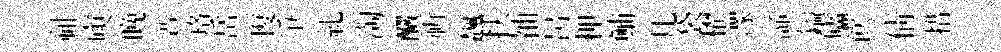
祉庾晩普珞岳愎爭糺淘釅祈飆扶袖昺柙鯆几袋櫂潈諦鎰廬飮倩措